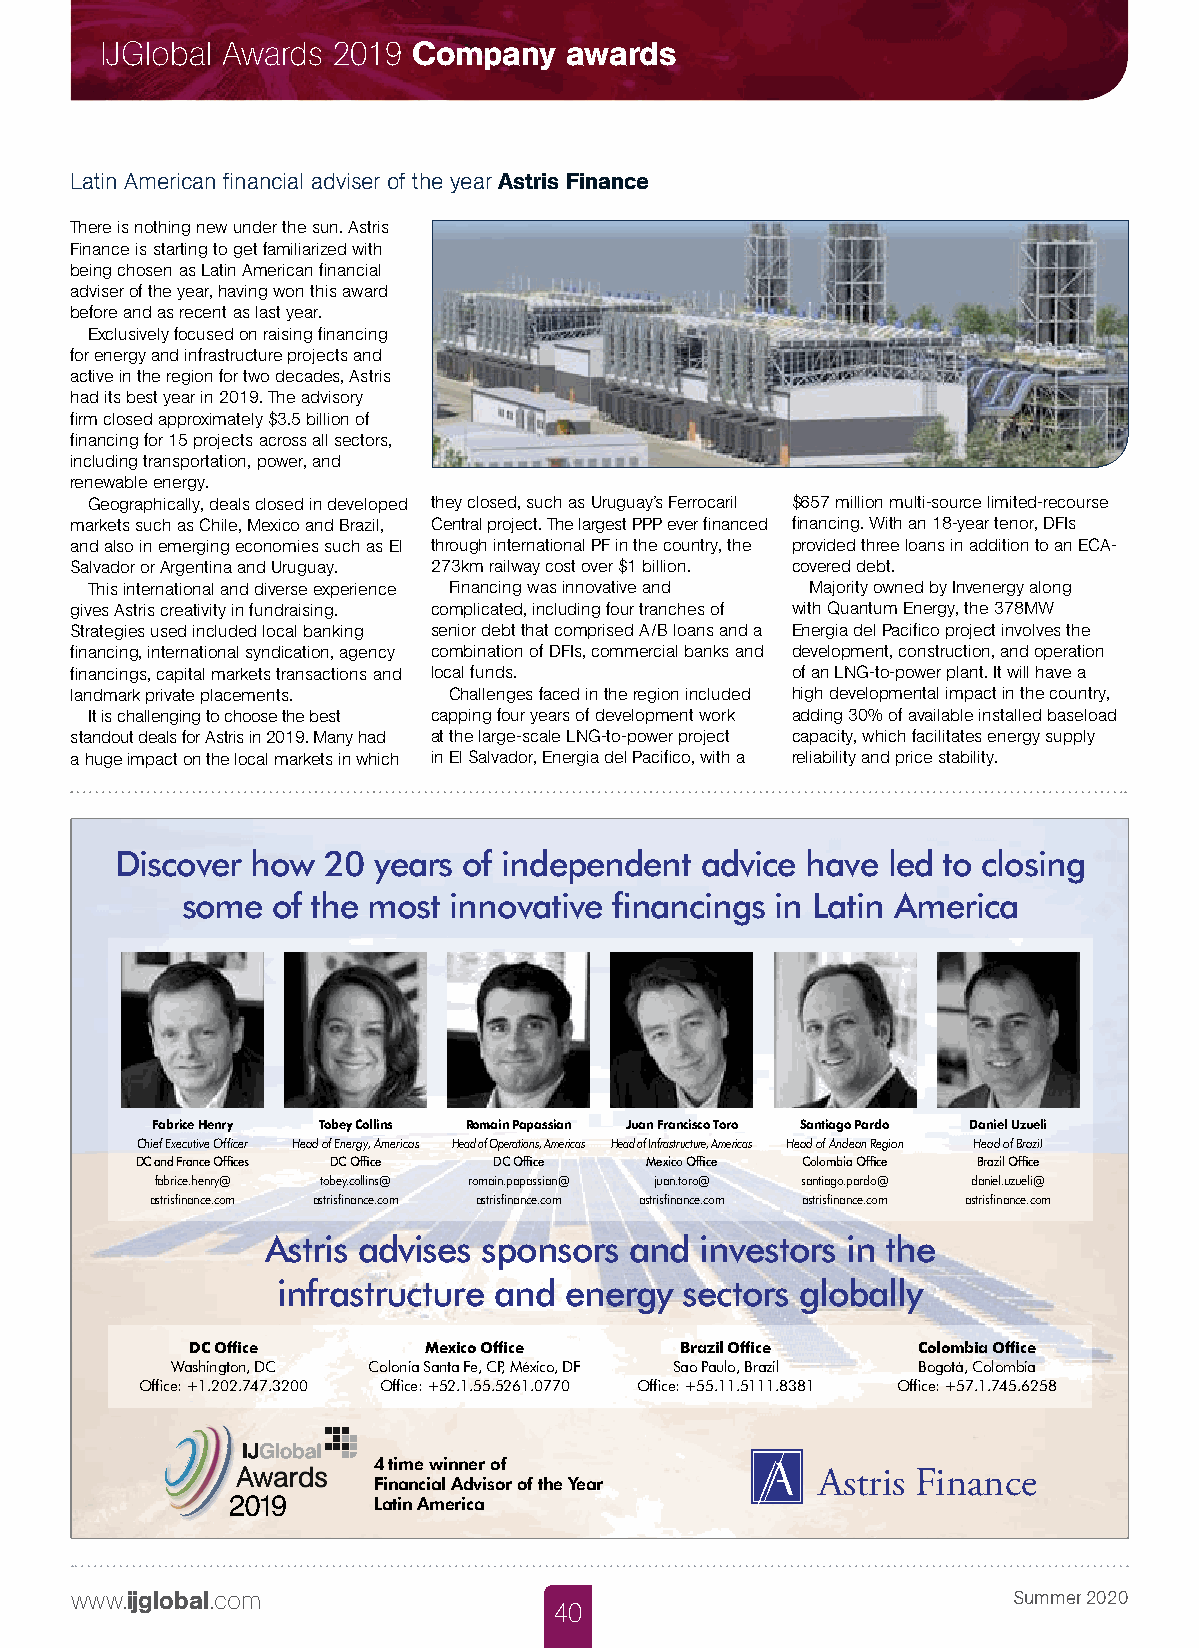
IJGlobal Awards 2019 Company  awards
 Latin American financial adviser of the year Astris Finance
 There is nothing new under the sun. Astris
 Finance is starting to get familiarized with
 being chosen as Latin American financial
 adviser of the year, having won this award
 before and as recent as last year.
 Exclusively focused on raising financing
 for energy and infrastructure projects and
 active in the region for two decades, Astris
 had its best year in 2019. The advisory
 firm closed approximately $3.5 billion of
 financing for 15 projects across all sectors,
 including transportation, power, and
 renewable energy.
 Geographically, deals closed in developed they closed, such as Uruguay’s Ferrocaril $657 million multi-source limited-recourse
 markets such as Chile, Mexico and Brazil, Central project. The largest PPP ever financed financing. With an 18-year tenor, DFIs
 and also in emerging economies such as El through international PF in the country, the provided three loans in addition to an ECA-
 Salvador or Argentina and Uruguay. 273km railway cost over $1 billion. covered debt.
 This international and diverse experience Financing was innovative and Majority owned by Invenergy along
 gives Astris creativity in fundraising. complicated, including four tranches of with Quantum Energy, the 378MW
 Strategies used included local banking senior debt that comprised A/B loans and a Energia del Pacifico project involves the
 financing, international syndication, agency combination of DFIs, commercial banks and development, construction, and operation
 financings, capital markets transactions and local funds. of an LNG-to-power plant. It will have a
 landmark private placements. Challenges faced in the region included high developmental impact in the country,
 It is challenging to choose the best capping four years of development work adding 30% of available installed baseload
 standout deals for Astris in 2019. Many had at the large-scale LNG-to-power project capacity, which facilitates energy supply
 a huge impact on the local markets in which in El Salvador, Energia del Pacifico, with a reliability and price stability.
 Discover how 20  years of independent advice have  led to closing
 some  of the most innovative financings in Latin America
 Fabrice Henry Tobey Collins Romain Papassian Juan Francisco Toro Santiago Pardo Daniel Uzueli
 Chief Executive Officer Head of Energy, Americas Head of Operations, Americas Head of Infrastructure, Americas Head of Andean Region Head of Brazil
 DC and France Offices DC Office DC Office Mexico Office Colombia Office Brazil Office
 fabrice.henry@ tobey.collins@ romain.papassian@ juan.toro@ santiago.pardo@ daniel.uzueli@
 astrisfinance.com astrisfinance.com astrisfinance.com astrisfinance.com astrisfinance.com astrisfinance.com
 Astris advises sponsors and investors in the
 infrastructure and energy  sectors globally
 DC Office      Mexico Office    Brazil Office   Colombia Office
 Washington, DC Colonia Santa Fe, CP, México, DF Sao Paulo, Brazil Bogotá, Colombia
 Office: +1.202.747.3200 Office: +52.1.55.5261.0770 Office: +55.11.5111.8381 Office: +57.1.745.6258
 4 time winner of
 Astris Finance
 Financial Advisor of the Year
 Latin America
 www.ijglobal.com                                              Summer 2020
 40